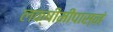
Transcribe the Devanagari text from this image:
लक्षीमीपास्नं